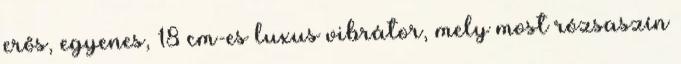
erős, egyenes, 18 cm-es luxus vibrátor, mely most rózsaszín